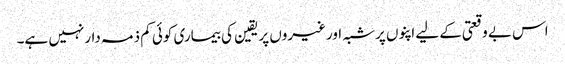
اس بے وقعتی کے لیے اپنوں پرشبہ اورغیروں پریقین کی بیماری کوئی کم ذمہ دارنہیں ہے۔